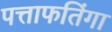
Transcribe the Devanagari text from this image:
पत्ताफतिंगा